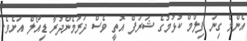
އެންމެ ގިނަ ފިލްމް ކުޅުމުގެ ޝަރަފް އޮތީ ވެސް ދަރުމެންދުރާ ޑިއޯލް އަށެވެ.